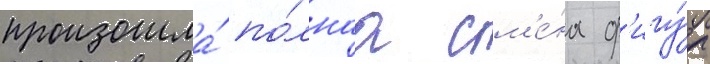
произошла́ по́лнаа см'е́на ф'игу́р